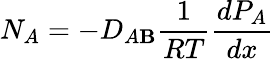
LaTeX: N_{A}=-D_{A\mathbf{B}}{\frac{{1}}{{RT}}}{\frac{{dP_{A}}}{{dx}}}